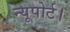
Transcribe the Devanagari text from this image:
न्यूपोर्ट।